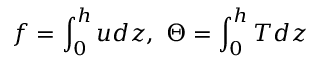
f = \int _ { 0 } ^ { h } u d z , \ \Theta = \int _ { 0 } ^ { h } T d z